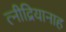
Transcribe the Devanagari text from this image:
त्नीद्रियानाह